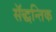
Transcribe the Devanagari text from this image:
सॅद्धन्तिक